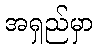
အရှည်မှာ